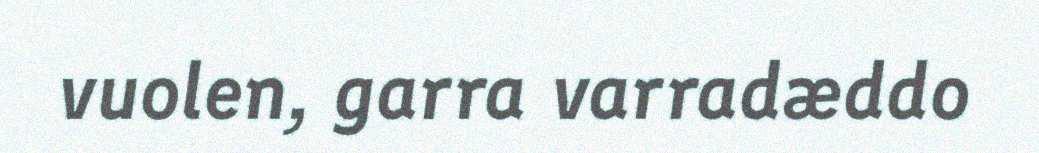
vuolen, garra varradæddo